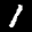
Label: 1